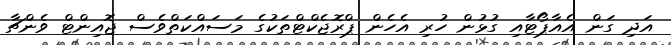
އަދި ގަން އެއާޕޯޓާއި ގުޅުން ހުރި އެހެން ޕްރޮޖެކްޓްތަކުގެ މަސައްކަތްވެސް ޖޮއިންޓް ވެންޗާ